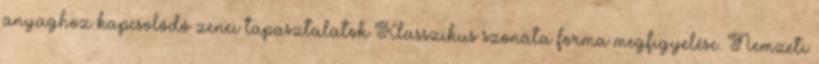
anyaghoz kapcsolódó zenei tapasztalatok Klasszikus szonáta forma megfigyelése. Nemzeti